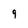
Character: 9